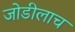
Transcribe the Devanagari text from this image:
जोडीलाच